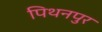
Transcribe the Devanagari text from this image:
पिथनपुर